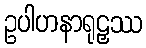
ဥပါဟနာရုဠှဿ